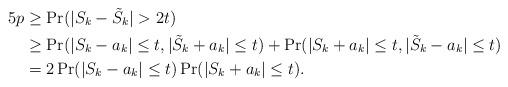
LaTeX: \begin{align*}5p&\geq\Pr(|S_{k}-\tilde{S}_{k}|>2t)\\&\geq \Pr(|S_{k}-a_{k}|\leq t,|\tilde{S}_{k}+a_{k}|\leq t)+ \Pr(|S_{k}+a_{k}|\leq t,|\tilde{S}_{k}-a_{k}|\leq t) \\&=2\Pr(|S_{k}-a_{k}|\leq t)\Pr(|S_{k}+a_{k}|\leq t).\end{align*}